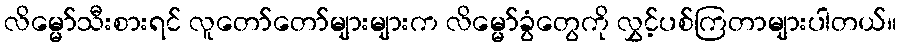
လိမ္မော်သီးစားရင် လူတော်တော်များများက လိမ္မော်ခွံတွေကို လွှင့်ပစ်ကြတာများပါတယ်။